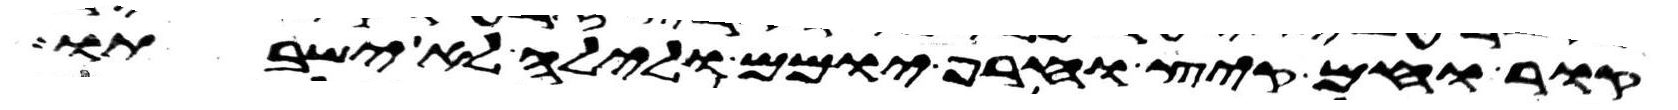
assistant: קור וחם קיץ וחרף יומם ולילה לא ישבתו